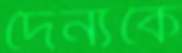
দৈন্যকে